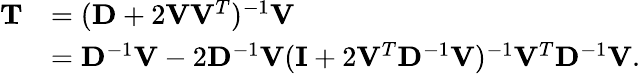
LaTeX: \begin{array}{rl}{\mathbf{T}}&{=(\mathbf{D}+2\mathbf{V}\mathbf{V}^{T})^{-1}\mathbf{V}}\\ &{=\mathbf{D}^{-1}\mathbf{V}-2\mathbf{D}^{-1}\mathbf{V}(\mathbf{I}+2\mathbf{V}^{T}\mathbf{D}^{-1}\mathbf{V})^{-1}\mathbf{V}^{T}\mathbf{D}^{-1}\mathbf{V}.}\end{array}